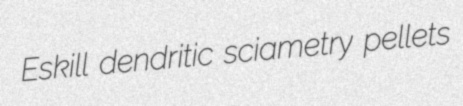
Eskill dendritic sciametry pellets